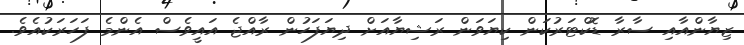
ޒިޔާންއާއި ސާރާ ޑޮކްޓަރުކަން ކިޔަވަން ރަޝިޔާއަށް ދިޔަފަހުން ރާއްޖެ އައީވެސް އެންމެ ފަހަރަކުއެވެ.